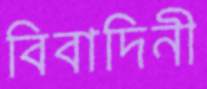
বিবাদিনী